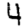
Digit: 4